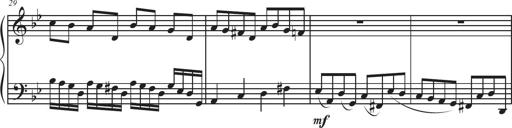
Title: Sonatina Espania
Composer: Jerald Franklin Archer
Key: Various